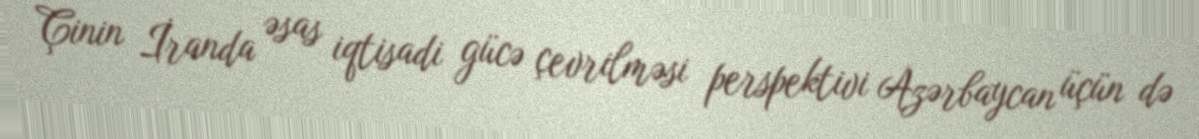
Çinin İranda əsas iqtisadi gücə çevrilməsi perspektivi Azərbaycan üçün də